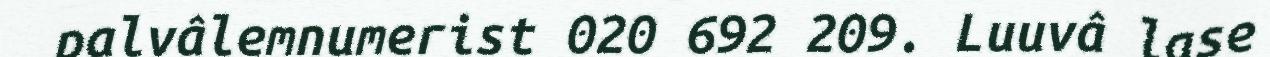
palvâlemnumerist 020 692 209. Luuvâ lase